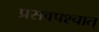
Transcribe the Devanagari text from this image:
प्रसवपश्चात्